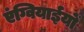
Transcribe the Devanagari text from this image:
एंग्वियाईयों